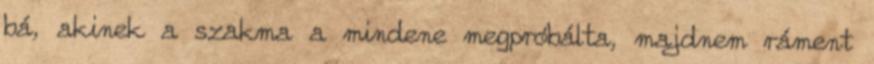
bá, akinek a szakma a mindene megpróbálta, majdnem ráment